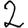
Digit: 2